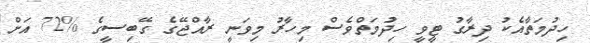
ހިދުމަތާއެކު ދިރާގު ޓީވީ ހިދުމަތްވެސް މިހާރު މިވަނީ ރާއްޖޭގެ ގޭބިސީގެ %72 އަށް